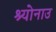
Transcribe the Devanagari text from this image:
श्योनाउ